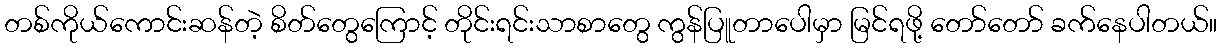
တစ်ကိုယ်ကောင်းဆန်တဲ့ စိတ်တွေကြောင့် တိုင်းရင်းသာစာတွေ ကွန်ပြူတာပေါမှာ မြင်ရဖို့ တော်တော် ခက်နေပါတယ်။